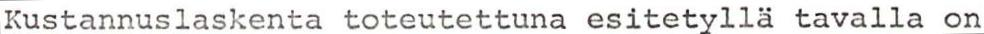
Kustannuslaskenta toteutettuna esitetyllä tavalla on